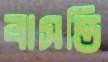
বাসন্তি